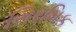
સિરમિક